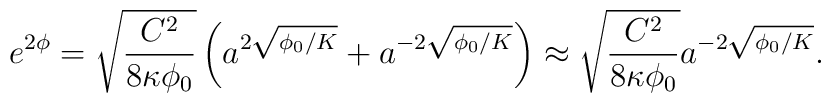
e^{2\phi}=\sqrt{\frac{C^2}{8\kappa \phi_0}} \left( a^{2\sqrt{\phi_0/K}} + a^{-2\sqrt{\phi_0/K}}\right) \approx \sqrt{\frac{C^2}{8\kappa \phi_0}} a^{-2\sqrt{\phi_0/K}}.